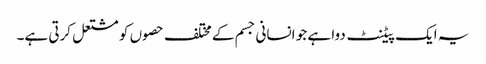
یہ ایک پیٹنٹ دوا ہے جو انسانی جسم کے مختلف حصوں کو مشتعل کرتی ہے۔